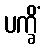
ပက္ခိံ